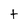
Character: t